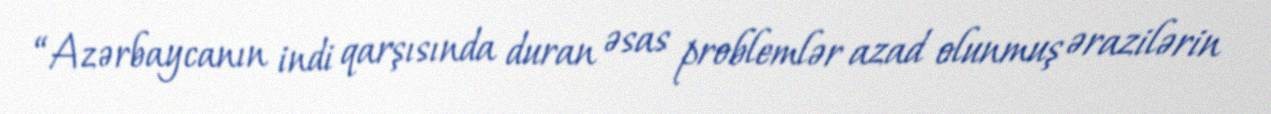
“Azərbaycanın indi qarşısında duran əsas problemlər azad olunmuş ərazilərin